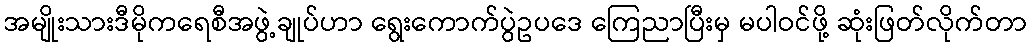
အမျိုးသားဒီမိုကရေစီအဖွဲ့ချုပ်ဟာ ရွေးကောက်ပွဲဥပဒေ ကြေညာပြီးမှ မပါဝင်ဖို့ ဆုံးဖြတ်လိုက်တာ